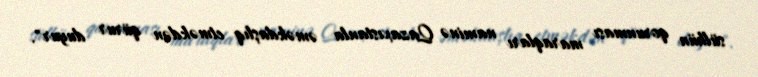
sülhün qorunması maraqları naminə Qazaxıstanla əməkdaşlıq etməkdən qürur duyur".